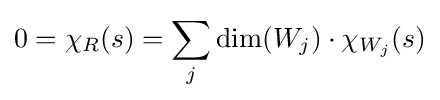
0=\chi _{R}(s)=\sum _{j}\dim(W_{j})\cdot \chi _{W_{j}}(s)